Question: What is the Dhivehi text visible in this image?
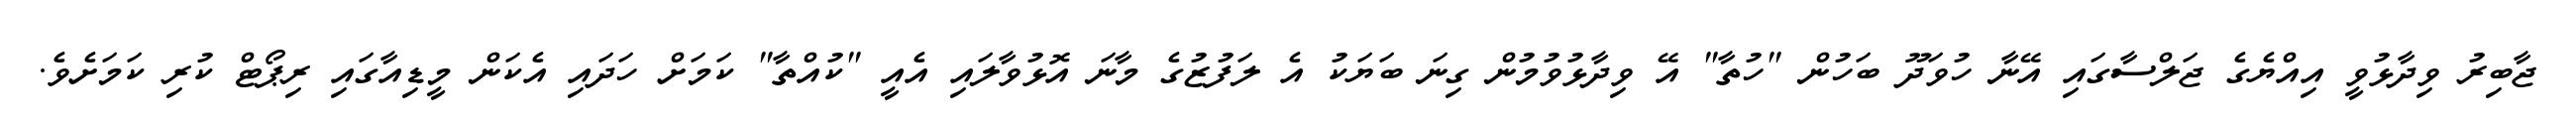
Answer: ޖާބިރު ވިދާޅުވީ އިއްޔެގެ ޖަލްސާގައި އޭނާ ހުވަދޫ ބަހުން "ހުތާ" އޭ ވިދާޅުވުމުން ގިނަ ބަޔަކު އެ ލަފުޒުގެ މާނަ އޮޅުވާލައި އެއީ "ކުއްތާ" ކަމަށް ހަދައި އެކަން މީޑިއާގައި ރިޕޯޓް ކުރި ކަމަށެވެ.